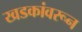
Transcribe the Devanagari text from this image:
खडकांवरून